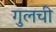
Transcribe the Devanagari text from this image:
गुलची